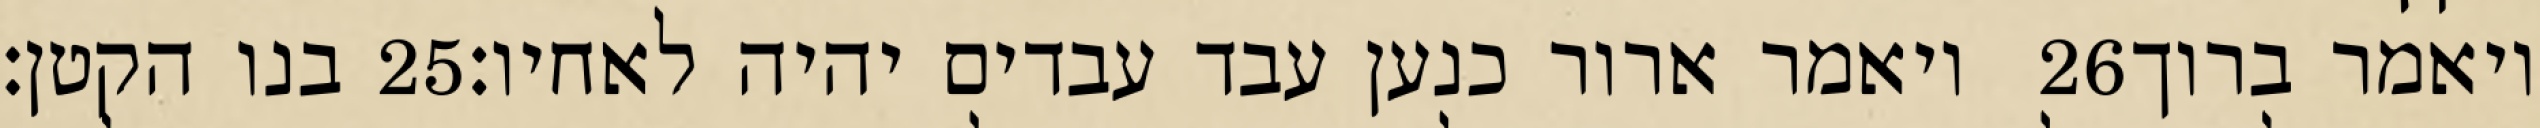
בנו הקטן׃ ‎25‏ ויאמר ארור כנען עבד עבדים יהיה לאחיו׃ ‎26‏ ויאמר ברוך